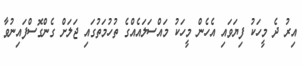
އިރު ދެ މީހަކު ފިޔަވައި އެހެން މީހަކު މައްސަލައެއްގެ ތުހުމަތުގައި ޖަލަށް ގެންގޮސްފައިނުވާ